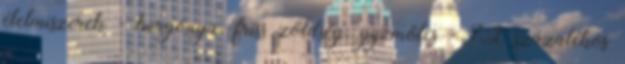
élelmiszerek - burgonya, friss zöldség, gyümölcs - 7,2 százalékos